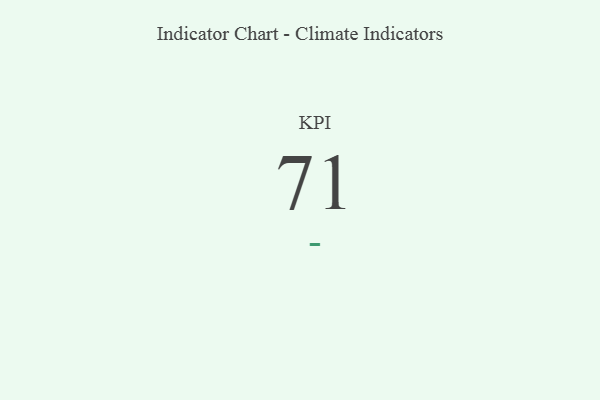
{"axis": {"x": "KPI", "y": "Value"}, "legend": [""], "data": [{"x": "KPI", "y": 71, "type": ""}]}